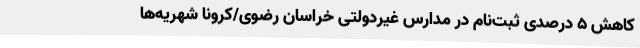
کاهش 5 درصدی ثبت‌نام‌ در مدارس غیردولتی خراسان رضوی/کرونا شهریه‌ها